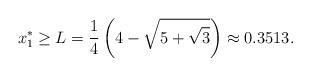
LaTeX: \begin{align*}x_1^*\geq L=\frac{1}{4} \left(4-\sqrt{5+\sqrt{3}}\right)\approx 0.3513.\end{align*}